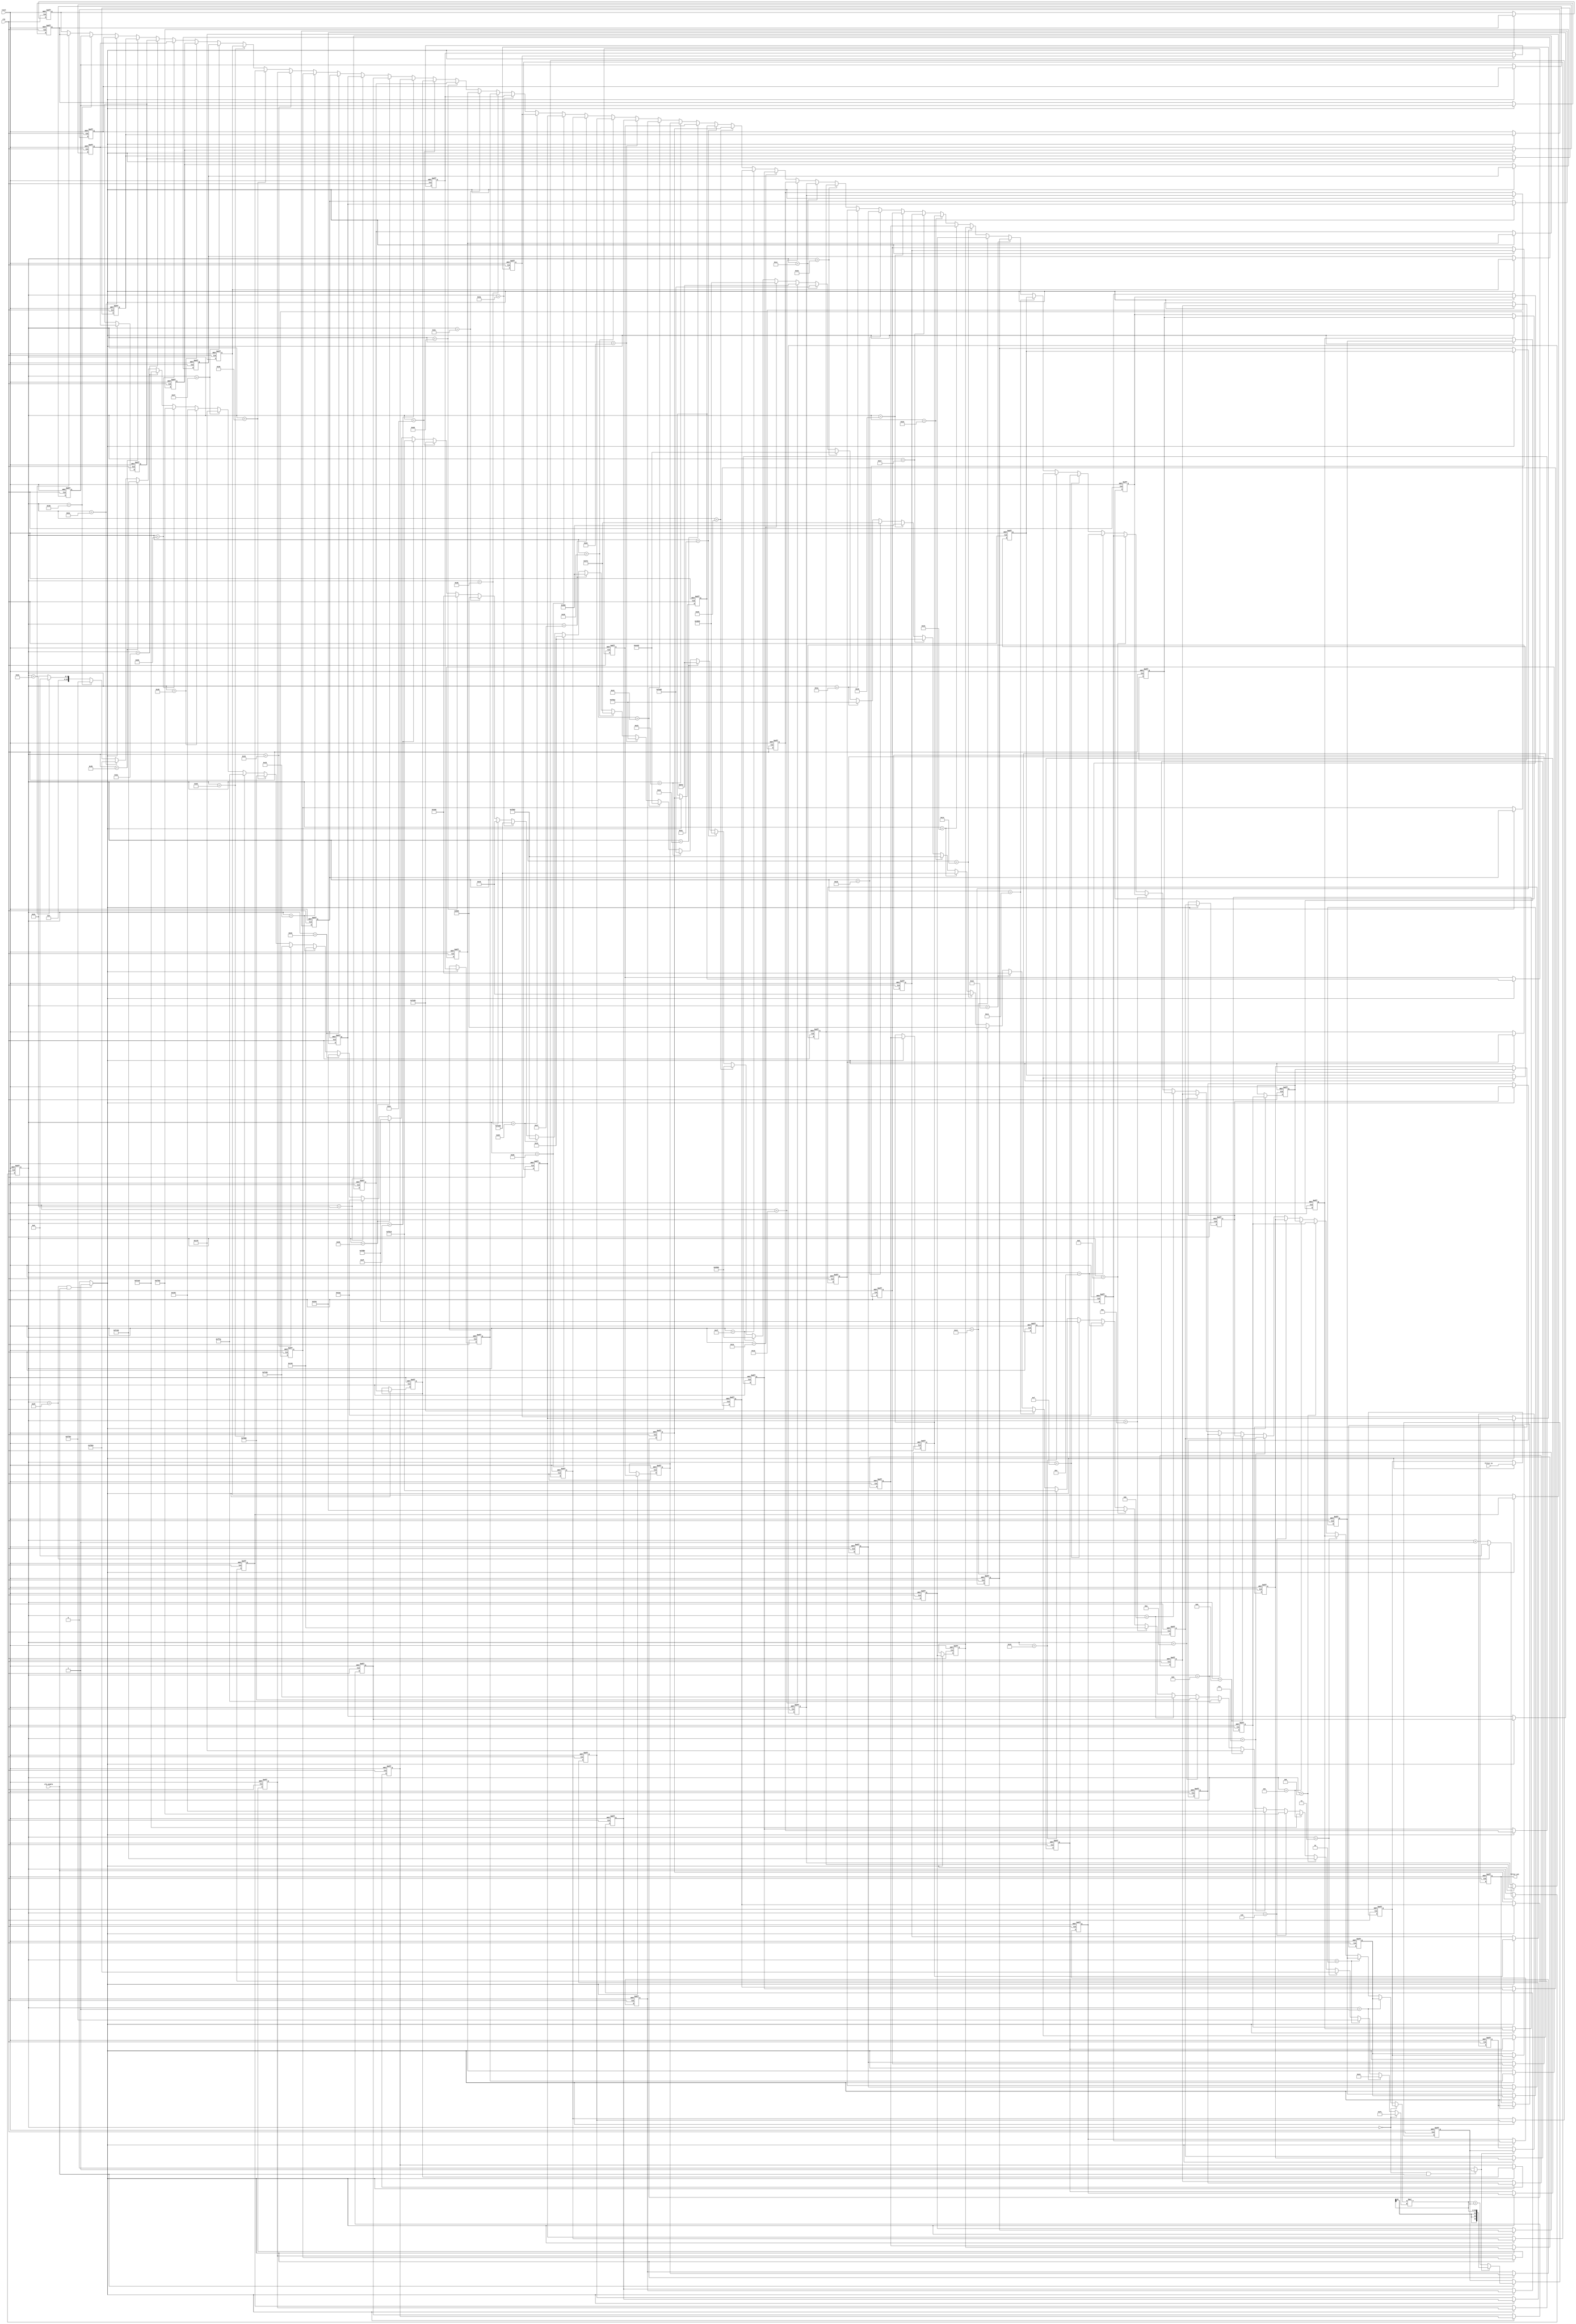
// -------------------------------------------------------------
//
// Module: filter
// Generated by MATLAB(R) 8.5 and the Filter Design HDL Coder 2.9.7.
// Generated on: 2017-01-22 01:51:49
// -------------------------------------------------------------

// -------------------------------------------------------------
// HDL Code Generation Options:
//
// TargetDirectory: C:\Users\erfan\Desktop\lab3\serial1
// SerialPartition: 64
// TargetLanguage: Verilog
// TestBenchStimulus: 
// TestBenchUserStimulus:  User data, length 221184
// ErrorMargin: 0

// -------------------------------------------------------------
// HDL Implementation    : Fully Serial
// Multipliers           : 1
// Folding Factor        : 64
// -------------------------------------------------------------
// Filter Settings:
//
// Discrete-Time FIR Filter (real)
// -------------------------------
// Filter Structure  : Direct-Form FIR
// Filter Length     : 64
// Stable            : Yes
// Linear Phase      : Yes (Type 2)
// Arithmetic        : fixed
// Numerator         : s16,16 -> [-5.000000e-01 5.000000e-01)
// Input             : s16,15 -> [-1 1)
// Filter Internals  : Specify Precision
//   Output          : s34,31 -> [-4 4)
//   Product         : s31,31 -> [-5.000000e-01 5.000000e-01)
//   Accumulator     : s34,31 -> [-4 4)
//   Round Mode      : convergent
//   Overflow Mode   : wrap
// -------------------------------------------------------------

`timescale 1 ns / 1 ns

module filter
               (
                clk,
                clk_enable,
                reset,
                filter_in,
                filter_out
                );

  input   clk; 
  input   clk_enable; 
  input   reset; 
  input   signed [15:0] filter_in; //sfix16_En15
  output  signed [33:0] filter_out; //sfix34_En31

////////////////////////////////////////////////////////////////
//Module Architecture: filter
////////////////////////////////////////////////////////////////
  // Local Functions
  // Type Definitions
  // Constants
  parameter signed [15:0] coeff1 = 16'b0000000011110001; //sfix16_En16
  parameter signed [15:0] coeff2 = 16'b0000000011000000; //sfix16_En16
  parameter signed [15:0] coeff3 = 16'b1111111110010100; //sfix16_En16
  parameter signed [15:0] coeff4 = 16'b1111110110010100; //sfix16_En16
  parameter signed [15:0] coeff5 = 16'b1111110000111011; //sfix16_En16
  parameter signed [15:0] coeff6 = 16'b1111110011101011; //sfix16_En16
  parameter signed [15:0] coeff7 = 16'b1111111101100010; //sfix16_En16
  parameter signed [15:0] coeff8 = 16'b0000000110010011; //sfix16_En16
  parameter signed [15:0] coeff9 = 16'b0000000101111000; //sfix16_En16
  parameter signed [15:0] coeff10 = 16'b1111111100111100; //sfix16_En16
  parameter signed [15:0] coeff11 = 16'b1111110101100000; //sfix16_En16
  parameter signed [15:0] coeff12 = 16'b1111111000111011; //sfix16_En16
  parameter signed [15:0] coeff13 = 16'b0000000101000101; //sfix16_En16
  parameter signed [15:0] coeff14 = 16'b0000001101000100; //sfix16_En16
  parameter signed [15:0] coeff15 = 16'b0000000110101010; //sfix16_En16
  parameter signed [15:0] coeff16 = 16'b1111110110111011; //sfix16_En16
  parameter signed [15:0] coeff17 = 16'b1111101111000110; //sfix16_En16
  parameter signed [15:0] coeff18 = 16'b1111111010001011; //sfix16_En16
  parameter signed [15:0] coeff19 = 16'b0000001110101000; //sfix16_En16
  parameter signed [15:0] coeff20 = 16'b0000010101100110; //sfix16_En16
  parameter signed [15:0] coeff21 = 16'b0000000011101001; //sfix16_En16
  parameter signed [15:0] coeff22 = 16'b1111101000111000; //sfix16_En16
  parameter signed [15:0] coeff23 = 16'b1111100100000011; //sfix16_En16
  parameter signed [15:0] coeff24 = 16'b0000000001000001; //sfix16_En16
  parameter signed [15:0] coeff25 = 16'b0000100101100000; //sfix16_En16
  parameter signed [15:0] coeff26 = 16'b0000100101111110; //sfix16_En16
  parameter signed [15:0] coeff27 = 16'b1111110100011010; //sfix16_En16
  parameter signed [15:0] coeff28 = 16'b1110111011010001; //sfix16_En16
  parameter signed [15:0] coeff29 = 16'b1111000010101011; //sfix16_En16
  parameter signed [15:0] coeff30 = 16'b0000101111110010; //sfix16_En16
  parameter signed [15:0] coeff31 = 16'b0011011000000011; //sfix16_En16
  parameter signed [15:0] coeff32 = 16'b0101010110010000; //sfix16_En16
  parameter signed [15:0] coeff33 = 16'b0101010110010000; //sfix16_En16
  parameter signed [15:0] coeff34 = 16'b0011011000000011; //sfix16_En16
  parameter signed [15:0] coeff35 = 16'b0000101111110010; //sfix16_En16
  parameter signed [15:0] coeff36 = 16'b1111000010101011; //sfix16_En16
  parameter signed [15:0] coeff37 = 16'b1110111011010001; //sfix16_En16
  parameter signed [15:0] coeff38 = 16'b1111110100011010; //sfix16_En16
  parameter signed [15:0] coeff39 = 16'b0000100101111110; //sfix16_En16
  parameter signed [15:0] coeff40 = 16'b0000100101100000; //sfix16_En16
  parameter signed [15:0] coeff41 = 16'b0000000001000001; //sfix16_En16
  parameter signed [15:0] coeff42 = 16'b1111100100000011; //sfix16_En16
  parameter signed [15:0] coeff43 = 16'b1111101000111000; //sfix16_En16
  parameter signed [15:0] coeff44 = 16'b0000000011101001; //sfix16_En16
  parameter signed [15:0] coeff45 = 16'b0000010101100110; //sfix16_En16
  parameter signed [15:0] coeff46 = 16'b0000001110101000; //sfix16_En16
  parameter signed [15:0] coeff47 = 16'b1111111010001011; //sfix16_En16
  parameter signed [15:0] coeff48 = 16'b1111101111000110; //sfix16_En16
  parameter signed [15:0] coeff49 = 16'b1111110110111011; //sfix16_En16
  parameter signed [15:0] coeff50 = 16'b0000000110101010; //sfix16_En16
  parameter signed [15:0] coeff51 = 16'b0000001101000100; //sfix16_En16
  parameter signed [15:0] coeff52 = 16'b0000000101000101; //sfix16_En16
  parameter signed [15:0] coeff53 = 16'b1111111000111011; //sfix16_En16
  parameter signed [15:0] coeff54 = 16'b1111110101100000; //sfix16_En16
  parameter signed [15:0] coeff55 = 16'b1111111100111100; //sfix16_En16
  parameter signed [15:0] coeff56 = 16'b0000000101111000; //sfix16_En16
  parameter signed [15:0] coeff57 = 16'b0000000110010011; //sfix16_En16
  parameter signed [15:0] coeff58 = 16'b1111111101100010; //sfix16_En16
  parameter signed [15:0] coeff59 = 16'b1111110011101011; //sfix16_En16
  parameter signed [15:0] coeff60 = 16'b1111110000111011; //sfix16_En16
  parameter signed [15:0] coeff61 = 16'b1111110110010100; //sfix16_En16
  parameter signed [15:0] coeff62 = 16'b1111111110010100; //sfix16_En16
  parameter signed [15:0] coeff63 = 16'b0000000011000000; //sfix16_En16
  parameter signed [15:0] coeff64 = 16'b0000000011110001; //sfix16_En16

  // Signals
  reg  [5:0] cur_count; // ufix6
  wire phase_63; // boolean
  wire phase_0; // boolean
  reg  signed [15:0] delay_pipeline [0:63] ; // sfix16_En15
  wire signed [15:0] inputmux_1; // sfix16_En15
  reg  signed [33:0] acc_final; // sfix34_En31
  reg  signed [33:0] acc_out_1; // sfix34_En31
  wire signed [30:0] product_1; // sfix31_En31
  wire signed [15:0] product_1_mux; // sfix16_En16
  wire signed [31:0] mul_temp; // sfix32_En31
  wire signed [33:0] prod_typeconvert_1; // sfix34_En31
  wire signed [33:0] acc_sum_1; // sfix34_En31
  wire signed [33:0] acc_in_1; // sfix34_En31
  wire signed [33:0] add_signext; // sfix34_En31
  wire signed [33:0] add_signext_1; // sfix34_En31
  wire signed [34:0] add_temp; // sfix35_En31
  reg  signed [33:0] output_register; // sfix34_En31

  // Block Statements
  always @ (posedge clk or posedge reset)
    begin: Counter_process
      if (reset == 1'b1) begin
        cur_count <= 6'b111111;
      end
      else begin
        if (clk_enable == 1'b1) begin
          if (cur_count == 6'b111111) begin
            cur_count <= 6'b000000;
          end
          else begin
            cur_count <= cur_count + 1;
          end
        end
      end
    end // Counter_process

  assign  phase_63 = (cur_count == 6'b111111 && clk_enable == 1'b1)? 1 : 0;

  assign  phase_0 = (cur_count == 6'b000000 && clk_enable == 1'b1)? 1 : 0;

  always @( posedge clk or posedge reset)
    begin: Delay_Pipeline_process
      if (reset == 1'b1) begin
        delay_pipeline[0] <= 0;
        delay_pipeline[1] <= 0;
        delay_pipeline[2] <= 0;
        delay_pipeline[3] <= 0;
        delay_pipeline[4] <= 0;
        delay_pipeline[5] <= 0;
        delay_pipeline[6] <= 0;
        delay_pipeline[7] <= 0;
        delay_pipeline[8] <= 0;
        delay_pipeline[9] <= 0;
        delay_pipeline[10] <= 0;
        delay_pipeline[11] <= 0;
        delay_pipeline[12] <= 0;
        delay_pipeline[13] <= 0;
        delay_pipeline[14] <= 0;
        delay_pipeline[15] <= 0;
        delay_pipeline[16] <= 0;
        delay_pipeline[17] <= 0;
        delay_pipeline[18] <= 0;
        delay_pipeline[19] <= 0;
        delay_pipeline[20] <= 0;
        delay_pipeline[21] <= 0;
        delay_pipeline[22] <= 0;
        delay_pipeline[23] <= 0;
        delay_pipeline[24] <= 0;
        delay_pipeline[25] <= 0;
        delay_pipeline[26] <= 0;
        delay_pipeline[27] <= 0;
        delay_pipeline[28] <= 0;
        delay_pipeline[29] <= 0;
        delay_pipeline[30] <= 0;
        delay_pipeline[31] <= 0;
        delay_pipeline[32] <= 0;
        delay_pipeline[33] <= 0;
        delay_pipeline[34] <= 0;
        delay_pipeline[35] <= 0;
        delay_pipeline[36] <= 0;
        delay_pipeline[37] <= 0;
        delay_pipeline[38] <= 0;
        delay_pipeline[39] <= 0;
        delay_pipeline[40] <= 0;
        delay_pipeline[41] <= 0;
        delay_pipeline[42] <= 0;
        delay_pipeline[43] <= 0;
        delay_pipeline[44] <= 0;
        delay_pipeline[45] <= 0;
        delay_pipeline[46] <= 0;
        delay_pipeline[47] <= 0;
        delay_pipeline[48] <= 0;
        delay_pipeline[49] <= 0;
        delay_pipeline[50] <= 0;
        delay_pipeline[51] <= 0;
        delay_pipeline[52] <= 0;
        delay_pipeline[53] <= 0;
        delay_pipeline[54] <= 0;
        delay_pipeline[55] <= 0;
        delay_pipeline[56] <= 0;
        delay_pipeline[57] <= 0;
        delay_pipeline[58] <= 0;
        delay_pipeline[59] <= 0;
        delay_pipeline[60] <= 0;
        delay_pipeline[61] <= 0;
        delay_pipeline[62] <= 0;
        delay_pipeline[63] <= 0;
      end
      else begin
        if (phase_63 == 1'b1) begin
          delay_pipeline[0] <= filter_in;
          delay_pipeline[1] <= delay_pipeline[0];
          delay_pipeline[2] <= delay_pipeline[1];
          delay_pipeline[3] <= delay_pipeline[2];
          delay_pipeline[4] <= delay_pipeline[3];
          delay_pipeline[5] <= delay_pipeline[4];
          delay_pipeline[6] <= delay_pipeline[5];
          delay_pipeline[7] <= delay_pipeline[6];
          delay_pipeline[8] <= delay_pipeline[7];
          delay_pipeline[9] <= delay_pipeline[8];
          delay_pipeline[10] <= delay_pipeline[9];
          delay_pipeline[11] <= delay_pipeline[10];
          delay_pipeline[12] <= delay_pipeline[11];
          delay_pipeline[13] <= delay_pipeline[12];
          delay_pipeline[14] <= delay_pipeline[13];
          delay_pipeline[15] <= delay_pipeline[14];
          delay_pipeline[16] <= delay_pipeline[15];
          delay_pipeline[17] <= delay_pipeline[16];
          delay_pipeline[18] <= delay_pipeline[17];
          delay_pipeline[19] <= delay_pipeline[18];
          delay_pipeline[20] <= delay_pipeline[19];
          delay_pipeline[21] <= delay_pipeline[20];
          delay_pipeline[22] <= delay_pipeline[21];
          delay_pipeline[23] <= delay_pipeline[22];
          delay_pipeline[24] <= delay_pipeline[23];
          delay_pipeline[25] <= delay_pipeline[24];
          delay_pipeline[26] <= delay_pipeline[25];
          delay_pipeline[27] <= delay_pipeline[26];
          delay_pipeline[28] <= delay_pipeline[27];
          delay_pipeline[29] <= delay_pipeline[28];
          delay_pipeline[30] <= delay_pipeline[29];
          delay_pipeline[31] <= delay_pipeline[30];
          delay_pipeline[32] <= delay_pipeline[31];
          delay_pipeline[33] <= delay_pipeline[32];
          delay_pipeline[34] <= delay_pipeline[33];
          delay_pipeline[35] <= delay_pipeline[34];
          delay_pipeline[36] <= delay_pipeline[35];
          delay_pipeline[37] <= delay_pipeline[36];
          delay_pipeline[38] <= delay_pipeline[37];
          delay_pipeline[39] <= delay_pipeline[38];
          delay_pipeline[40] <= delay_pipeline[39];
          delay_pipeline[41] <= delay_pipeline[40];
          delay_pipeline[42] <= delay_pipeline[41];
          delay_pipeline[43] <= delay_pipeline[42];
          delay_pipeline[44] <= delay_pipeline[43];
          delay_pipeline[45] <= delay_pipeline[44];
          delay_pipeline[46] <= delay_pipeline[45];
          delay_pipeline[47] <= delay_pipeline[46];
          delay_pipeline[48] <= delay_pipeline[47];
          delay_pipeline[49] <= delay_pipeline[48];
          delay_pipeline[50] <= delay_pipeline[49];
          delay_pipeline[51] <= delay_pipeline[50];
          delay_pipeline[52] <= delay_pipeline[51];
          delay_pipeline[53] <= delay_pipeline[52];
          delay_pipeline[54] <= delay_pipeline[53];
          delay_pipeline[55] <= delay_pipeline[54];
          delay_pipeline[56] <= delay_pipeline[55];
          delay_pipeline[57] <= delay_pipeline[56];
          delay_pipeline[58] <= delay_pipeline[57];
          delay_pipeline[59] <= delay_pipeline[58];
          delay_pipeline[60] <= delay_pipeline[59];
          delay_pipeline[61] <= delay_pipeline[60];
          delay_pipeline[62] <= delay_pipeline[61];
          delay_pipeline[63] <= delay_pipeline[62];
        end
      end
    end // Delay_Pipeline_process


  assign inputmux_1 = (cur_count == 6'b000000) ? delay_pipeline[0] :
                     (cur_count == 6'b000001) ? delay_pipeline[1] :
                     (cur_count == 6'b000010) ? delay_pipeline[2] :
                     (cur_count == 6'b000011) ? delay_pipeline[3] :
                     (cur_count == 6'b000100) ? delay_pipeline[4] :
                     (cur_count == 6'b000101) ? delay_pipeline[5] :
                     (cur_count == 6'b000110) ? delay_pipeline[6] :
                     (cur_count == 6'b000111) ? delay_pipeline[7] :
                     (cur_count == 6'b001000) ? delay_pipeline[8] :
                     (cur_count == 6'b001001) ? delay_pipeline[9] :
                     (cur_count == 6'b001010) ? delay_pipeline[10] :
                     (cur_count == 6'b001011) ? delay_pipeline[11] :
                     (cur_count == 6'b001100) ? delay_pipeline[12] :
                     (cur_count == 6'b001101) ? delay_pipeline[13] :
                     (cur_count == 6'b001110) ? delay_pipeline[14] :
                     (cur_count == 6'b001111) ? delay_pipeline[15] :
                     (cur_count == 6'b010000) ? delay_pipeline[16] :
                     (cur_count == 6'b010001) ? delay_pipeline[17] :
                     (cur_count == 6'b010010) ? delay_pipeline[18] :
                     (cur_count == 6'b010011) ? delay_pipeline[19] :
                     (cur_count == 6'b010100) ? delay_pipeline[20] :
                     (cur_count == 6'b010101) ? delay_pipeline[21] :
                     (cur_count == 6'b010110) ? delay_pipeline[22] :
                     (cur_count == 6'b010111) ? delay_pipeline[23] :
                     (cur_count == 6'b011000) ? delay_pipeline[24] :
                     (cur_count == 6'b011001) ? delay_pipeline[25] :
                     (cur_count == 6'b011010) ? delay_pipeline[26] :
                     (cur_count == 6'b011011) ? delay_pipeline[27] :
                     (cur_count == 6'b011100) ? delay_pipeline[28] :
                     (cur_count == 6'b011101) ? delay_pipeline[29] :
                     (cur_count == 6'b011110) ? delay_pipeline[30] :
                     (cur_count == 6'b011111) ? delay_pipeline[31] :
                     (cur_count == 6'b100000) ? delay_pipeline[32] :
                     (cur_count == 6'b100001) ? delay_pipeline[33] :
                     (cur_count == 6'b100010) ? delay_pipeline[34] :
                     (cur_count == 6'b100011) ? delay_pipeline[35] :
                     (cur_count == 6'b100100) ? delay_pipeline[36] :
                     (cur_count == 6'b100101) ? delay_pipeline[37] :
                     (cur_count == 6'b100110) ? delay_pipeline[38] :
                     (cur_count == 6'b100111) ? delay_pipeline[39] :
                     (cur_count == 6'b101000) ? delay_pipeline[40] :
                     (cur_count == 6'b101001) ? delay_pipeline[41] :
                     (cur_count == 6'b101010) ? delay_pipeline[42] :
                     (cur_count == 6'b101011) ? delay_pipeline[43] :
                     (cur_count == 6'b101100) ? delay_pipeline[44] :
                     (cur_count == 6'b101101) ? delay_pipeline[45] :
                     (cur_count == 6'b101110) ? delay_pipeline[46] :
                     (cur_count == 6'b101111) ? delay_pipeline[47] :
                     (cur_count == 6'b110000) ? delay_pipeline[48] :
                     (cur_count == 6'b110001) ? delay_pipeline[49] :
                     (cur_count == 6'b110010) ? delay_pipeline[50] :
                     (cur_count == 6'b110011) ? delay_pipeline[51] :
                     (cur_count == 6'b110100) ? delay_pipeline[52] :
                     (cur_count == 6'b110101) ? delay_pipeline[53] :
                     (cur_count == 6'b110110) ? delay_pipeline[54] :
                     (cur_count == 6'b110111) ? delay_pipeline[55] :
                     (cur_count == 6'b111000) ? delay_pipeline[56] :
                     (cur_count == 6'b111001) ? delay_pipeline[57] :
                     (cur_count == 6'b111010) ? delay_pipeline[58] :
                     (cur_count == 6'b111011) ? delay_pipeline[59] :
                     (cur_count == 6'b111100) ? delay_pipeline[60] :
                     (cur_count == 6'b111101) ? delay_pipeline[61] :
                     (cur_count == 6'b111110) ? delay_pipeline[62] :
                     delay_pipeline[63];

  //   ------------------ Serial partition # 1 ------------------

  assign product_1_mux = (cur_count == 6'b000000) ? coeff1 :
                        (cur_count == 6'b000001) ? coeff2 :
                        (cur_count == 6'b000010) ? coeff3 :
                        (cur_count == 6'b000011) ? coeff4 :
                        (cur_count == 6'b000100) ? coeff5 :
                        (cur_count == 6'b000101) ? coeff6 :
                        (cur_count == 6'b000110) ? coeff7 :
                        (cur_count == 6'b000111) ? coeff8 :
                        (cur_count == 6'b001000) ? coeff9 :
                        (cur_count == 6'b001001) ? coeff10 :
                        (cur_count == 6'b001010) ? coeff11 :
                        (cur_count == 6'b001011) ? coeff12 :
                        (cur_count == 6'b001100) ? coeff13 :
                        (cur_count == 6'b001101) ? coeff14 :
                        (cur_count == 6'b001110) ? coeff15 :
                        (cur_count == 6'b001111) ? coeff16 :
                        (cur_count == 6'b010000) ? coeff17 :
                        (cur_count == 6'b010001) ? coeff18 :
                        (cur_count == 6'b010010) ? coeff19 :
                        (cur_count == 6'b010011) ? coeff20 :
                        (cur_count == 6'b010100) ? coeff21 :
                        (cur_count == 6'b010101) ? coeff22 :
                        (cur_count == 6'b010110) ? coeff23 :
                        (cur_count == 6'b010111) ? coeff24 :
                        (cur_count == 6'b011000) ? coeff25 :
                        (cur_count == 6'b011001) ? coeff26 :
                        (cur_count == 6'b011010) ? coeff27 :
                        (cur_count == 6'b011011) ? coeff28 :
                        (cur_count == 6'b011100) ? coeff29 :
                        (cur_count == 6'b011101) ? coeff30 :
                        (cur_count == 6'b011110) ? coeff31 :
                        (cur_count == 6'b011111) ? coeff32 :
                        (cur_count == 6'b100000) ? coeff33 :
                        (cur_count == 6'b100001) ? coeff34 :
                        (cur_count == 6'b100010) ? coeff35 :
                        (cur_count == 6'b100011) ? coeff36 :
                        (cur_count == 6'b100100) ? coeff37 :
                        (cur_count == 6'b100101) ? coeff38 :
                        (cur_count == 6'b100110) ? coeff39 :
                        (cur_count == 6'b100111) ? coeff40 :
                        (cur_count == 6'b101000) ? coeff41 :
                        (cur_count == 6'b101001) ? coeff42 :
                        (cur_count == 6'b101010) ? coeff43 :
                        (cur_count == 6'b101011) ? coeff44 :
                        (cur_count == 6'b101100) ? coeff45 :
                        (cur_count == 6'b101101) ? coeff46 :
                        (cur_count == 6'b101110) ? coeff47 :
                        (cur_count == 6'b101111) ? coeff48 :
                        (cur_count == 6'b110000) ? coeff49 :
                        (cur_count == 6'b110001) ? coeff50 :
                        (cur_count == 6'b110010) ? coeff51 :
                        (cur_count == 6'b110011) ? coeff52 :
                        (cur_count == 6'b110100) ? coeff53 :
                        (cur_count == 6'b110101) ? coeff54 :
                        (cur_count == 6'b110110) ? coeff55 :
                        (cur_count == 6'b110111) ? coeff56 :
                        (cur_count == 6'b111000) ? coeff57 :
                        (cur_count == 6'b111001) ? coeff58 :
                        (cur_count == 6'b111010) ? coeff59 :
                        (cur_count == 6'b111011) ? coeff60 :
                        (cur_count == 6'b111100) ? coeff61 :
                        (cur_count == 6'b111101) ? coeff62 :
                        (cur_count == 6'b111110) ? coeff63 :
                        coeff64;
  assign mul_temp = inputmux_1 * product_1_mux;
  assign product_1 = mul_temp[30:0];

  assign prod_typeconvert_1 = $signed({{3{product_1[30]}}, product_1});

  assign add_signext = prod_typeconvert_1;
  assign add_signext_1 = acc_out_1;
  assign add_temp = add_signext + add_signext_1;
  assign acc_sum_1 = add_temp[33:0];

  assign acc_in_1 = (phase_0 == 1'b1) ? prod_typeconvert_1 :
                   acc_sum_1;

  always @ (posedge clk or posedge reset)
    begin: Acc_reg_1_process
      if (reset == 1'b1) begin
        acc_out_1 <= 0;
      end
      else begin
        if (clk_enable == 1'b1) begin
          acc_out_1 <= acc_in_1;
        end
      end
    end // Acc_reg_1_process

  always @ (posedge clk or posedge reset)
    begin: Finalsum_reg_process
      if (reset == 1'b1) begin
        acc_final <= 0;
      end
      else begin
        if (phase_0 == 1'b1) begin
          acc_final <= acc_out_1;
        end
      end
    end // Finalsum_reg_process

  always @ (posedge clk or posedge reset)
    begin: Output_Register_process
      if (reset == 1'b1) begin
        output_register <= 0;
      end
      else begin
        if (phase_63 == 1'b1) begin
          output_register <= acc_final;
        end
      end
    end // Output_Register_process

  // Assignment Statements
  assign filter_out = output_register;
endmodule  // filter